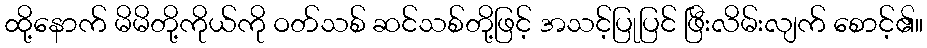
ထို့နောက် မိမိတို့ကိုယ်ကို ဝတ်သစ် ဆင်သစ်တို့ဖြင့် အသင့်ပြုပြင် ဖြီးလိမ်းလျက် စောင့်၏။